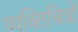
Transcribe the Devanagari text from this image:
व्यक्तिचित्रों